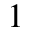
1